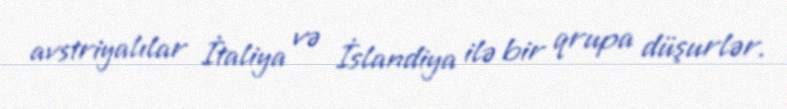
avstriyalılar İtaliya və İslandiya ilə bir qrupa düşurlər.